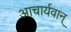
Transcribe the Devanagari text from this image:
आचार्यवान्